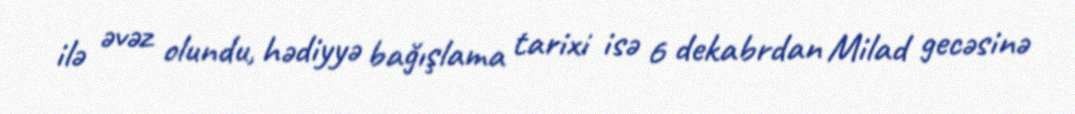
ilə əvəz olundu, hədiyyə bağışlama tarixi isə 6 dekabrdan Milad gecəsinə